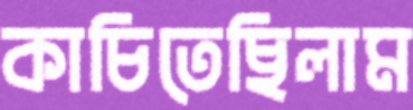
কাচিতেছিলাম